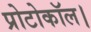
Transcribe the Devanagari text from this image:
प्रोटोकॉल।